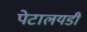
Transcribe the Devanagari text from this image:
पेटालयडी